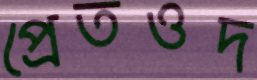
প্রেতওদ